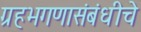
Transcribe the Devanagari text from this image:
ग्रहभगणासंबंधीचे